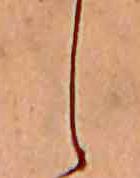
し